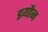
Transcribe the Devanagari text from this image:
इयौन